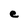
Character: e